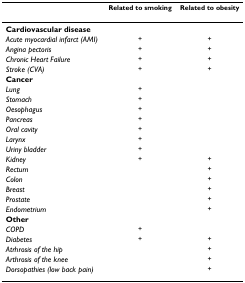
<table><thead><tr><td></td><td><b>Related to smoking</b></td><td><b>Related to obesity</b></td></tr></thead><tbody><tr><td><b>Cardiovascular disease</b></td><td></td><td></td></tr><tr><td><i>Acute myocardial infarct (AMI)</i></td><td>+</td><td>+</td></tr><tr><td><i>Angina pectoris</i></td><td>+</td><td>+</td></tr><tr><td><i>Chronic Heart Failure</i></td><td>+</td><td>+</td></tr><tr><td><i>Stroke (CVA)</i></td><td>+</td><td>+</td></tr><tr><td><b>Cancer</b></td><td></td><td></td></tr><tr><td><i>Lung</i></td><td>+</td><td></td></tr><tr><td><i>Stomach</i></td><td>+</td><td></td></tr><tr><td><i>Oesophagus</i></td><td>+</td><td></td></tr><tr><td><i>Pancreas</i></td><td>+</td><td></td></tr><tr><td><i>Oral cavity</i></td><td>+</td><td></td></tr><tr><td><i>Larynx</i></td><td>+</td><td></td></tr><tr><td><i>Uriny bladder</i></td><td>+</td><td></td></tr><tr><td><i>Kidney</i></td><td>+</td><td>+</td></tr><tr><td><i>Rectum</i></td><td></td><td>+</td></tr><tr><td><i>Colon</i></td><td></td><td>+</td></tr><tr><td><i>Breast</i></td><td></td><td>+</td></tr><tr><td><i>Prostate</i></td><td></td><td>+</td></tr><tr><td><i>Endometrium</i></td><td></td><td>+</td></tr><tr><td><b>Other</b></td><td></td><td></td></tr><tr><td><i>COPD</i></td><td>+</td><td></td></tr><tr><td><i>Diabetes</i></td><td>+</td><td>+</td></tr><tr><td><i>Atrhrosis of the hip</i></td><td></td><td>+</td></tr><tr><td><i>Arthrosis of the knee</i></td><td></td><td>+</td></tr><tr><td><i>Dorsopathies (low back pain)</i></td><td></td><td>+</td></tr></tbody></table>